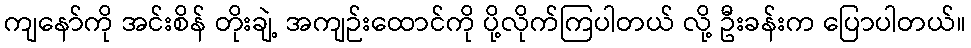
ကျနော်ကို အင်းစိန် တိုးချဲ့ အကျဉ်းထောင်ကို ပို့လိုက်ကြပါတယ် လို့ ဦးခန်းက ပြောပါတယ်။